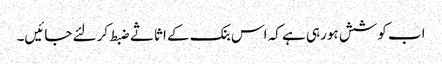
اب کوشش ہورہی ہے کہ اس بنک کے اثاثے ضبط کرلئے جائیں۔